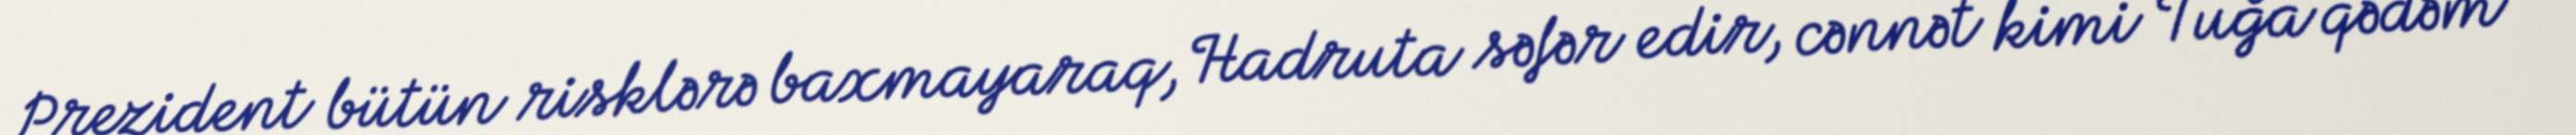
Prezident bütün risklərə baxmayaraq, Hadruta səfər edir, cənnət kimi Tuğa qədəm